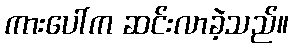
ကားပေါ်က ဆင်းလာခဲ့သည်။